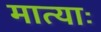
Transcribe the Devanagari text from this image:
मात्याः